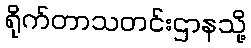
ရိုက်တာသတင်းဌာနသို့